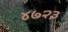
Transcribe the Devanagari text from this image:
४७२३